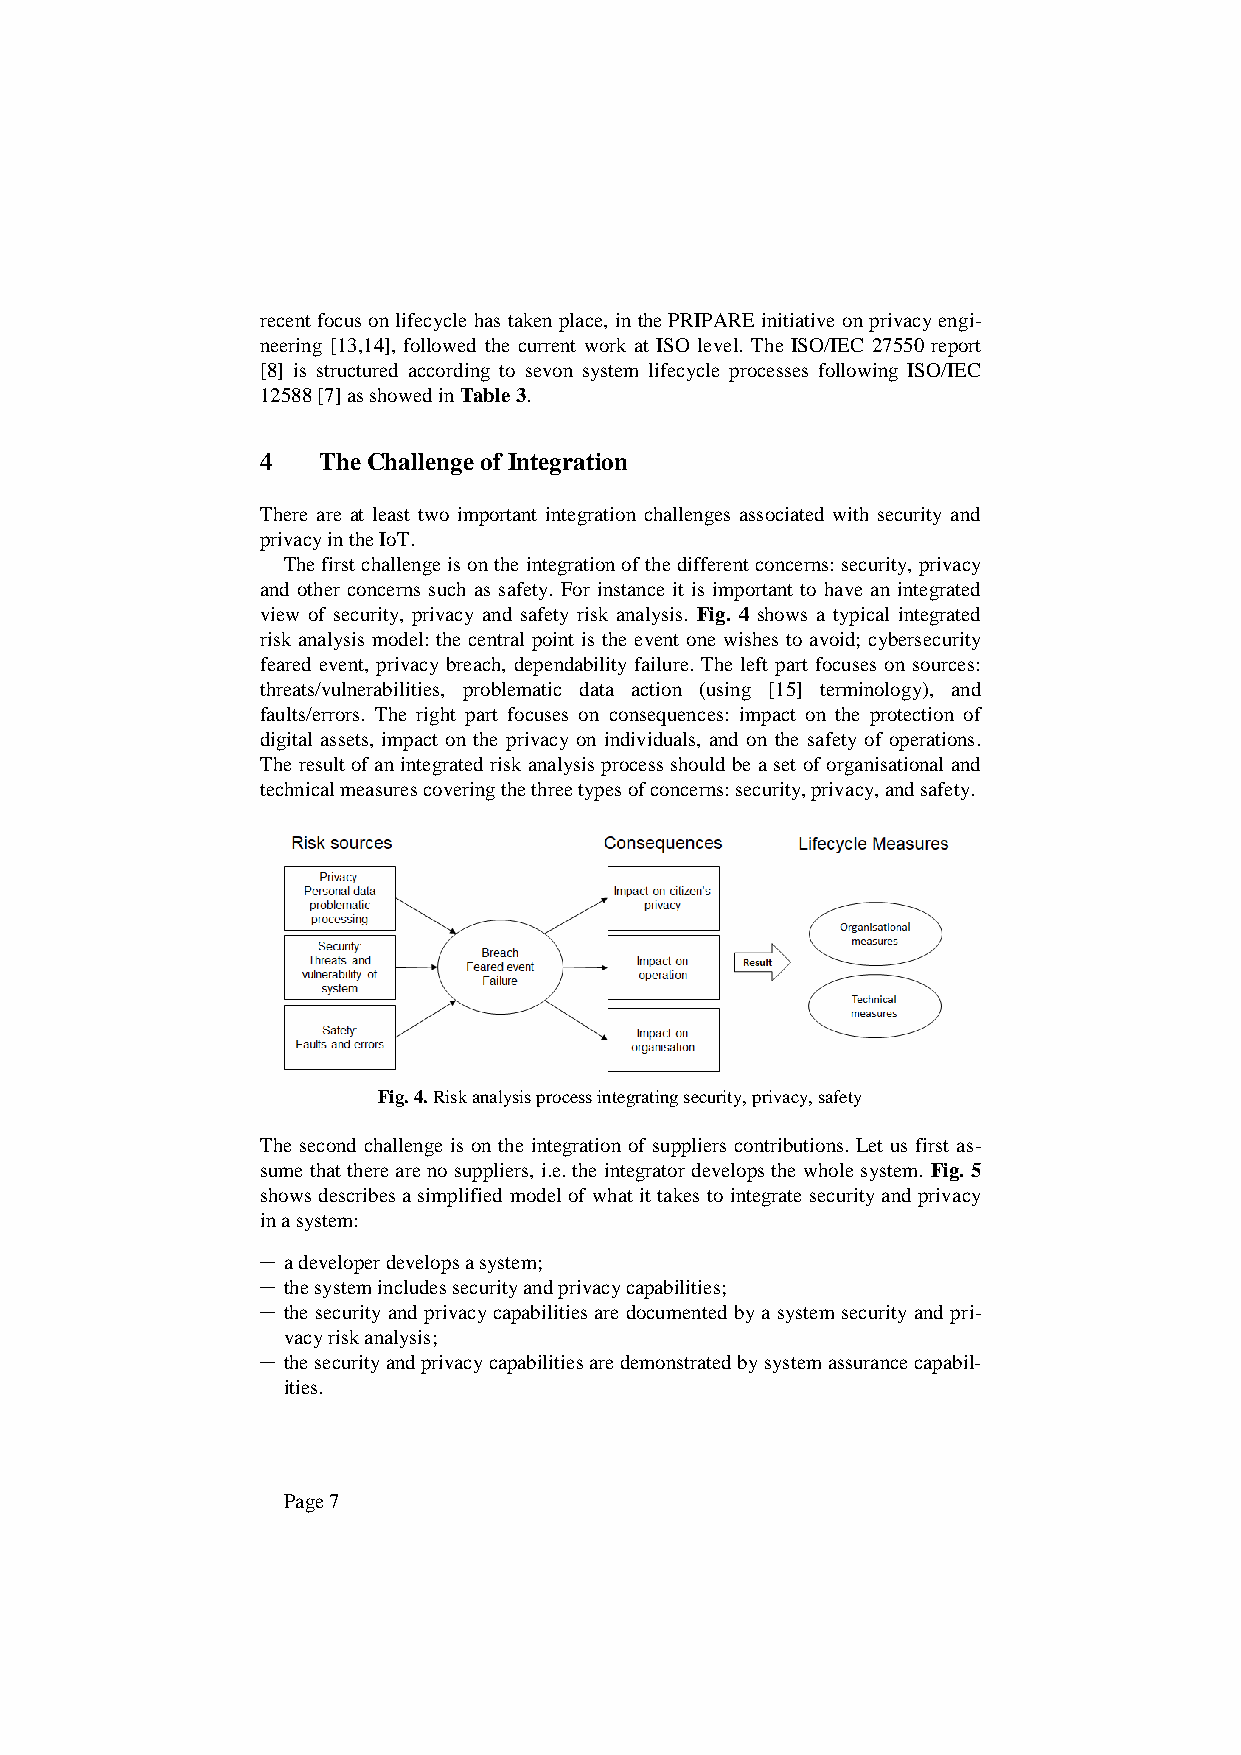
recent focus on lifecycle has taken place, in the PRIPARE initiative on privacy engi-
 neering [13,14], followed the current work at ISO level. The ISO/IEC 27550 report
 [8] is structured according to sevon system lifecycle processes following ISO/IEC
 12588 [7] as showed in Table 3.
 4   The Challenge of Integration
 There are at least two important integration challenges associated with security and
 privacy in the IoT.
 The first challenge is on the integration of the different concerns: security, privacy
 and other concerns such as safety. For instance it is important to have an integrated
 view of security, privacy and safety risk analysis. Fig. 4 shows a typical integrated
 risk analysis model: the central point is the event one wishes to avoid; cybersecurity
 feared event, privacy breach, dependability failure. The left part focuses on sources:
 threats/vulnerabilities, problematic data action (using [15] terminology), and
 faults/errors. The right part focuses on consequences: impact on the protection of
 digital assets, impact on the privacy on individuals, and on the safety of operations.
 The result of an integrated risk analysis process should be a set of organisational and
 technical measures covering the three types of concerns: security, privacy, and safety.
 Fig. 4. Risk analysis process integrating security, privacy, safety
 The second challenge is on the integration of suppliers contributions. Let us first as-
 sume that there are no suppliers, i.e. the integrator develops the whole system. Fig. 5
 shows describes a simplified model of what it takes to integrate security and privacy
 in a system:
 ─ a developer develops a system;
 ─ the system includes security and privacy capabilities;
 ─ the security and privacy capabilities are documented by a system security and pri-
 vacy risk analysis;
 ─ the security and privacy capabilities are demonstrated by system assurance capabil-
 ities.
 Page 7